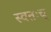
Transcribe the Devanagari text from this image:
स्वतःच्